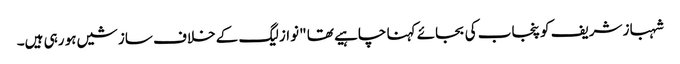
شہباز شریف کو پنجاب کی بجائے کہنا چاہیے تھا "نواز لیگ کے خلاف سازشیں ہو رہی ہیں۔